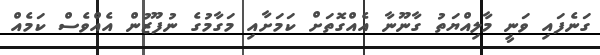
ގަނެފައި ވަނީ މާލިއްޔަތު ގާނޫނާ އެއްގޮތަށް ކަމަށާއި މަގާމުގެ ނުފޫޒުން އެއްވެސް ކަމެއް